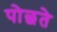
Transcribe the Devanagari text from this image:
पोछते